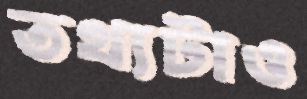
তথ্যটাও